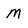
Character: M